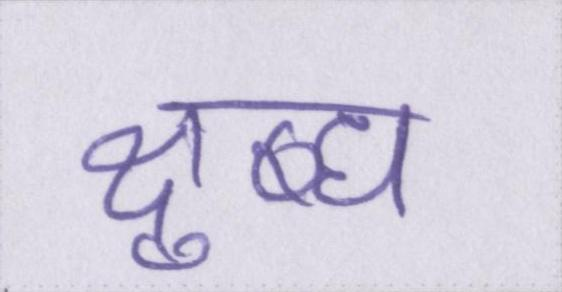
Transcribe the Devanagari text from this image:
क्षुब्ध